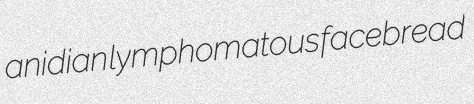
anidian lymphomatous facebread